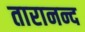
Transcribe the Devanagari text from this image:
तारानन्द